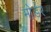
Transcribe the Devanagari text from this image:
मोर्डर